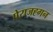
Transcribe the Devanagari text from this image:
पेराजह्गन